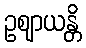
ဥဈာယန္တိ